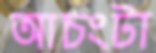
আচংটা